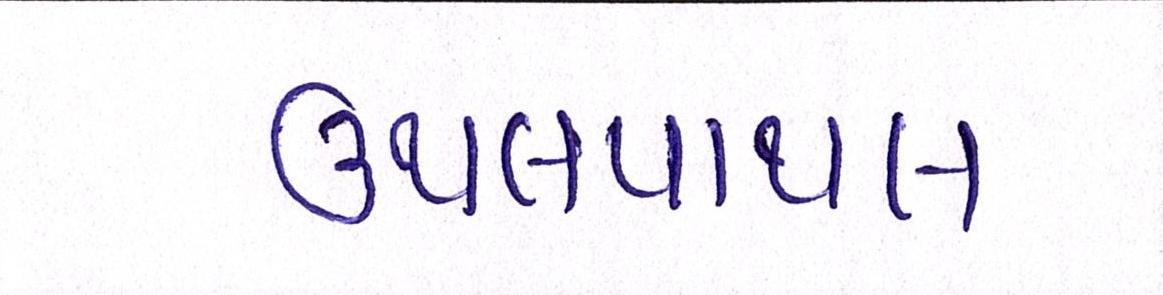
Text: ઉથલપાથલ